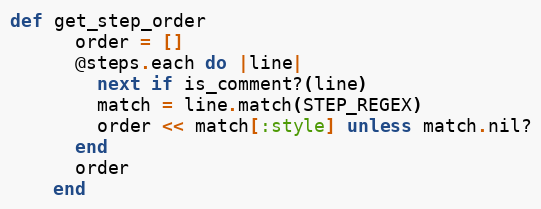
Language: Ruby
def get_step_order
      order = []
      @steps.each do |line|
        next if is_comment?(line)
        match = line.match(STEP_REGEX)
        order << match[:style] unless match.nil?
      end
      order
    end